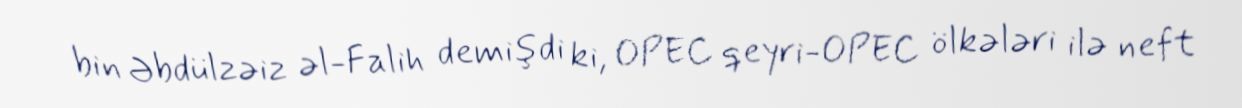
bin Əbdülzəiz əl-Falih demişdi ki, OPEC qeyri-OPEC ölkələri ilə neft